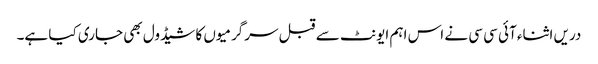
دریں اثناء آئی سی سی نے اس اہم ایونٹ سے قبل سرگرمیوں کا شیڈول بھی جاری کیا ہے۔